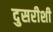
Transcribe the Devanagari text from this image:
दुसरीशी